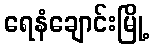
ရေနံချောင်းမြို့